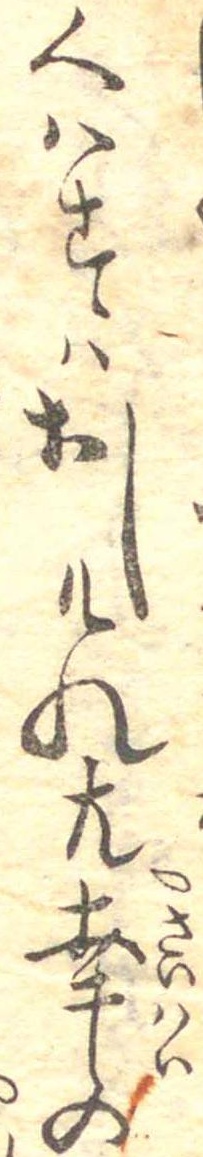
くはすはおしもれ共幸の